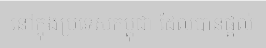
នៅក្នុងប្រទេសកម្ពុជា ដែលបានផ្តល់